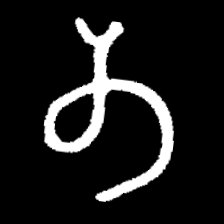
Pyu character \u2014 Myanmar letter: တ (romanized: ta)